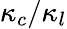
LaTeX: \kappa_{c}/\kappa_{l}